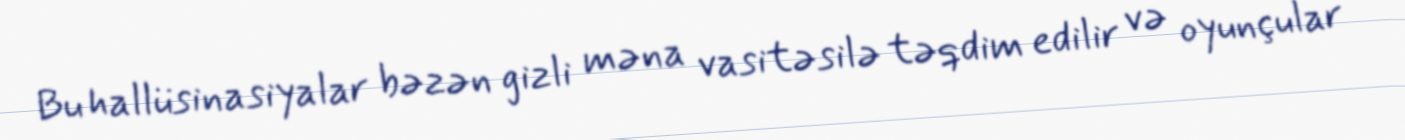
Bu hallüsinasiyalar bəzən gizli məna vasitəsilə təqdim edilir və oyunçular